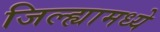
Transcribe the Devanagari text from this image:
जिल्‍ह्यामध्‍ये